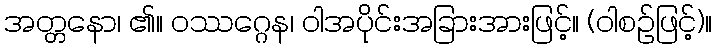
အတ္တနော၊ ၏။ ဝဿဂ္ဂေန၊ ဝါအပိုင်းအခြားအားဖြင့်။ (ဝါစဉ်ဖြင့်)။